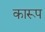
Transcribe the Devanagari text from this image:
कारूप